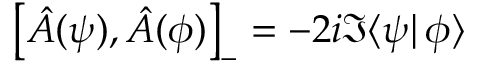
\left[ \hat { A } ( \psi ) , \hat { A } ( \phi ) \right] _ { - } = - 2 i \Im \langle \psi | \, \phi \rangle